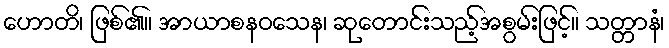
ဟောတိ၊ ဖြစ်၏။ အာယာစနဝသေန၊ ဆုတောင်းသည့်အစွမ်းဖြင့်။ သတ္တာနံ၊